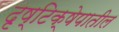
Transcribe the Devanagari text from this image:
दृष्टिक्षेपातील